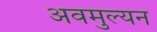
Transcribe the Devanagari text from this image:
अवमुल्यन